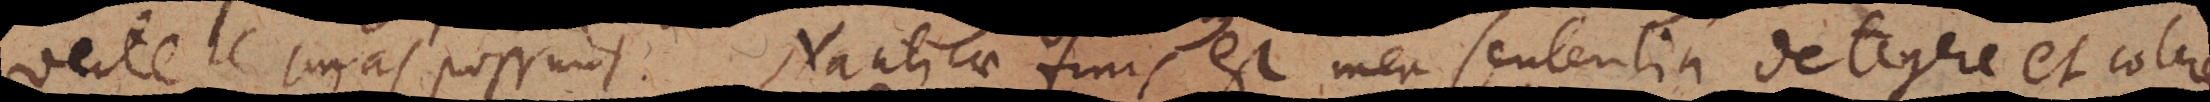
vertere curas possunt. Nauticae finis verus est mea sententia detegere et colere